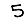
Digit: 5